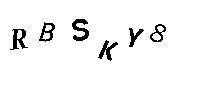
RBSKY8